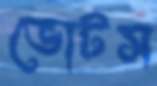
ভোটস